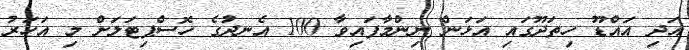
އަދި އައްޑޫ ހިތަދޫގައި އަޅަން ނިންމާފައިވާ 100 އެނދުގެ ހޮސްޕިޓަލަށް މި އަހަރު